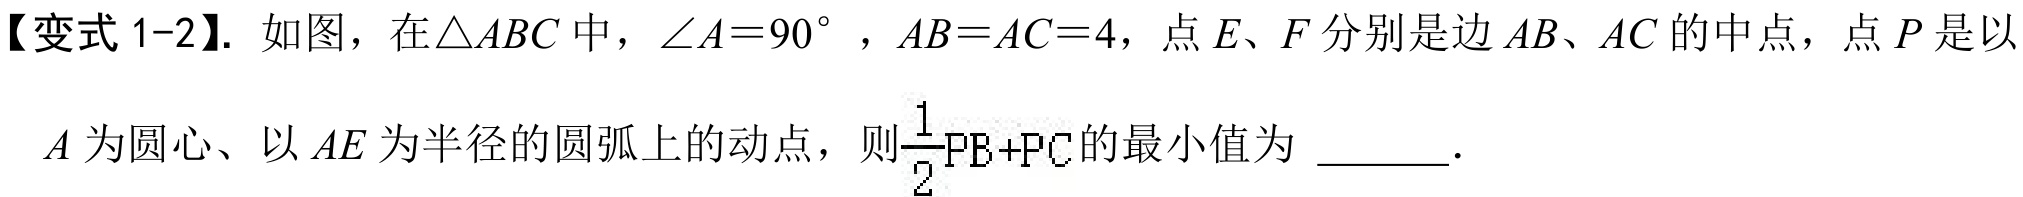
【变式 1-2】. 如图，在$\triangle ABC$中，$\angle A = 90^{\circ}$，$AB = AC = 4$，点$E$、$F$分别是边$AB$、$AC$的中点，点$P$是以
$A$为圆心、以$AE$为半径的圆弧上的动点，则$\dfrac{1}{2}PB + PC$的最小值为  ．